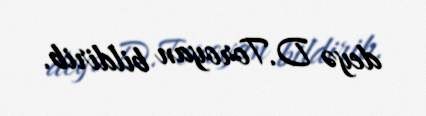
deyə D.Toroyan bildirib.